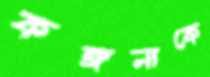
কঙ্গনাকে